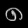
Digit: ၈